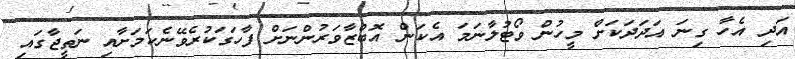
އަދި އެހާ ގިނަ އަދަަދަކަށް މީހުން ވޯޓުލާނަމަ އެކަން އޮބްޒާވަރުންނަށް ފާހަގަކުރެވޭނެކަމަށާއި ނަތީޖާގައި